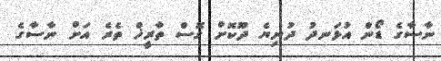
ނާސާގެ ޑޯން އުޅަނދު ދުނިޔެ ދޫކޮށް ގޮސް ތާރީޚް ތެރެ އަށް ނާސާގެ